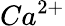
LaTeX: Ca^{2+}